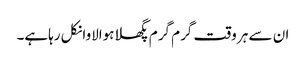
ان سے ہر وقت گرم گرم پگھلاہوالاوانکل رہاہے۔